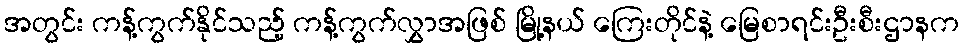
အတွင်း ကန့်ကွက်နိုင်သည့် ကန့်ကွက်လွှာအဖြစ် မြို့နယ် ကြေးတိုင်နဲ့ မြေစာရင်းဦးစီးဌာနက